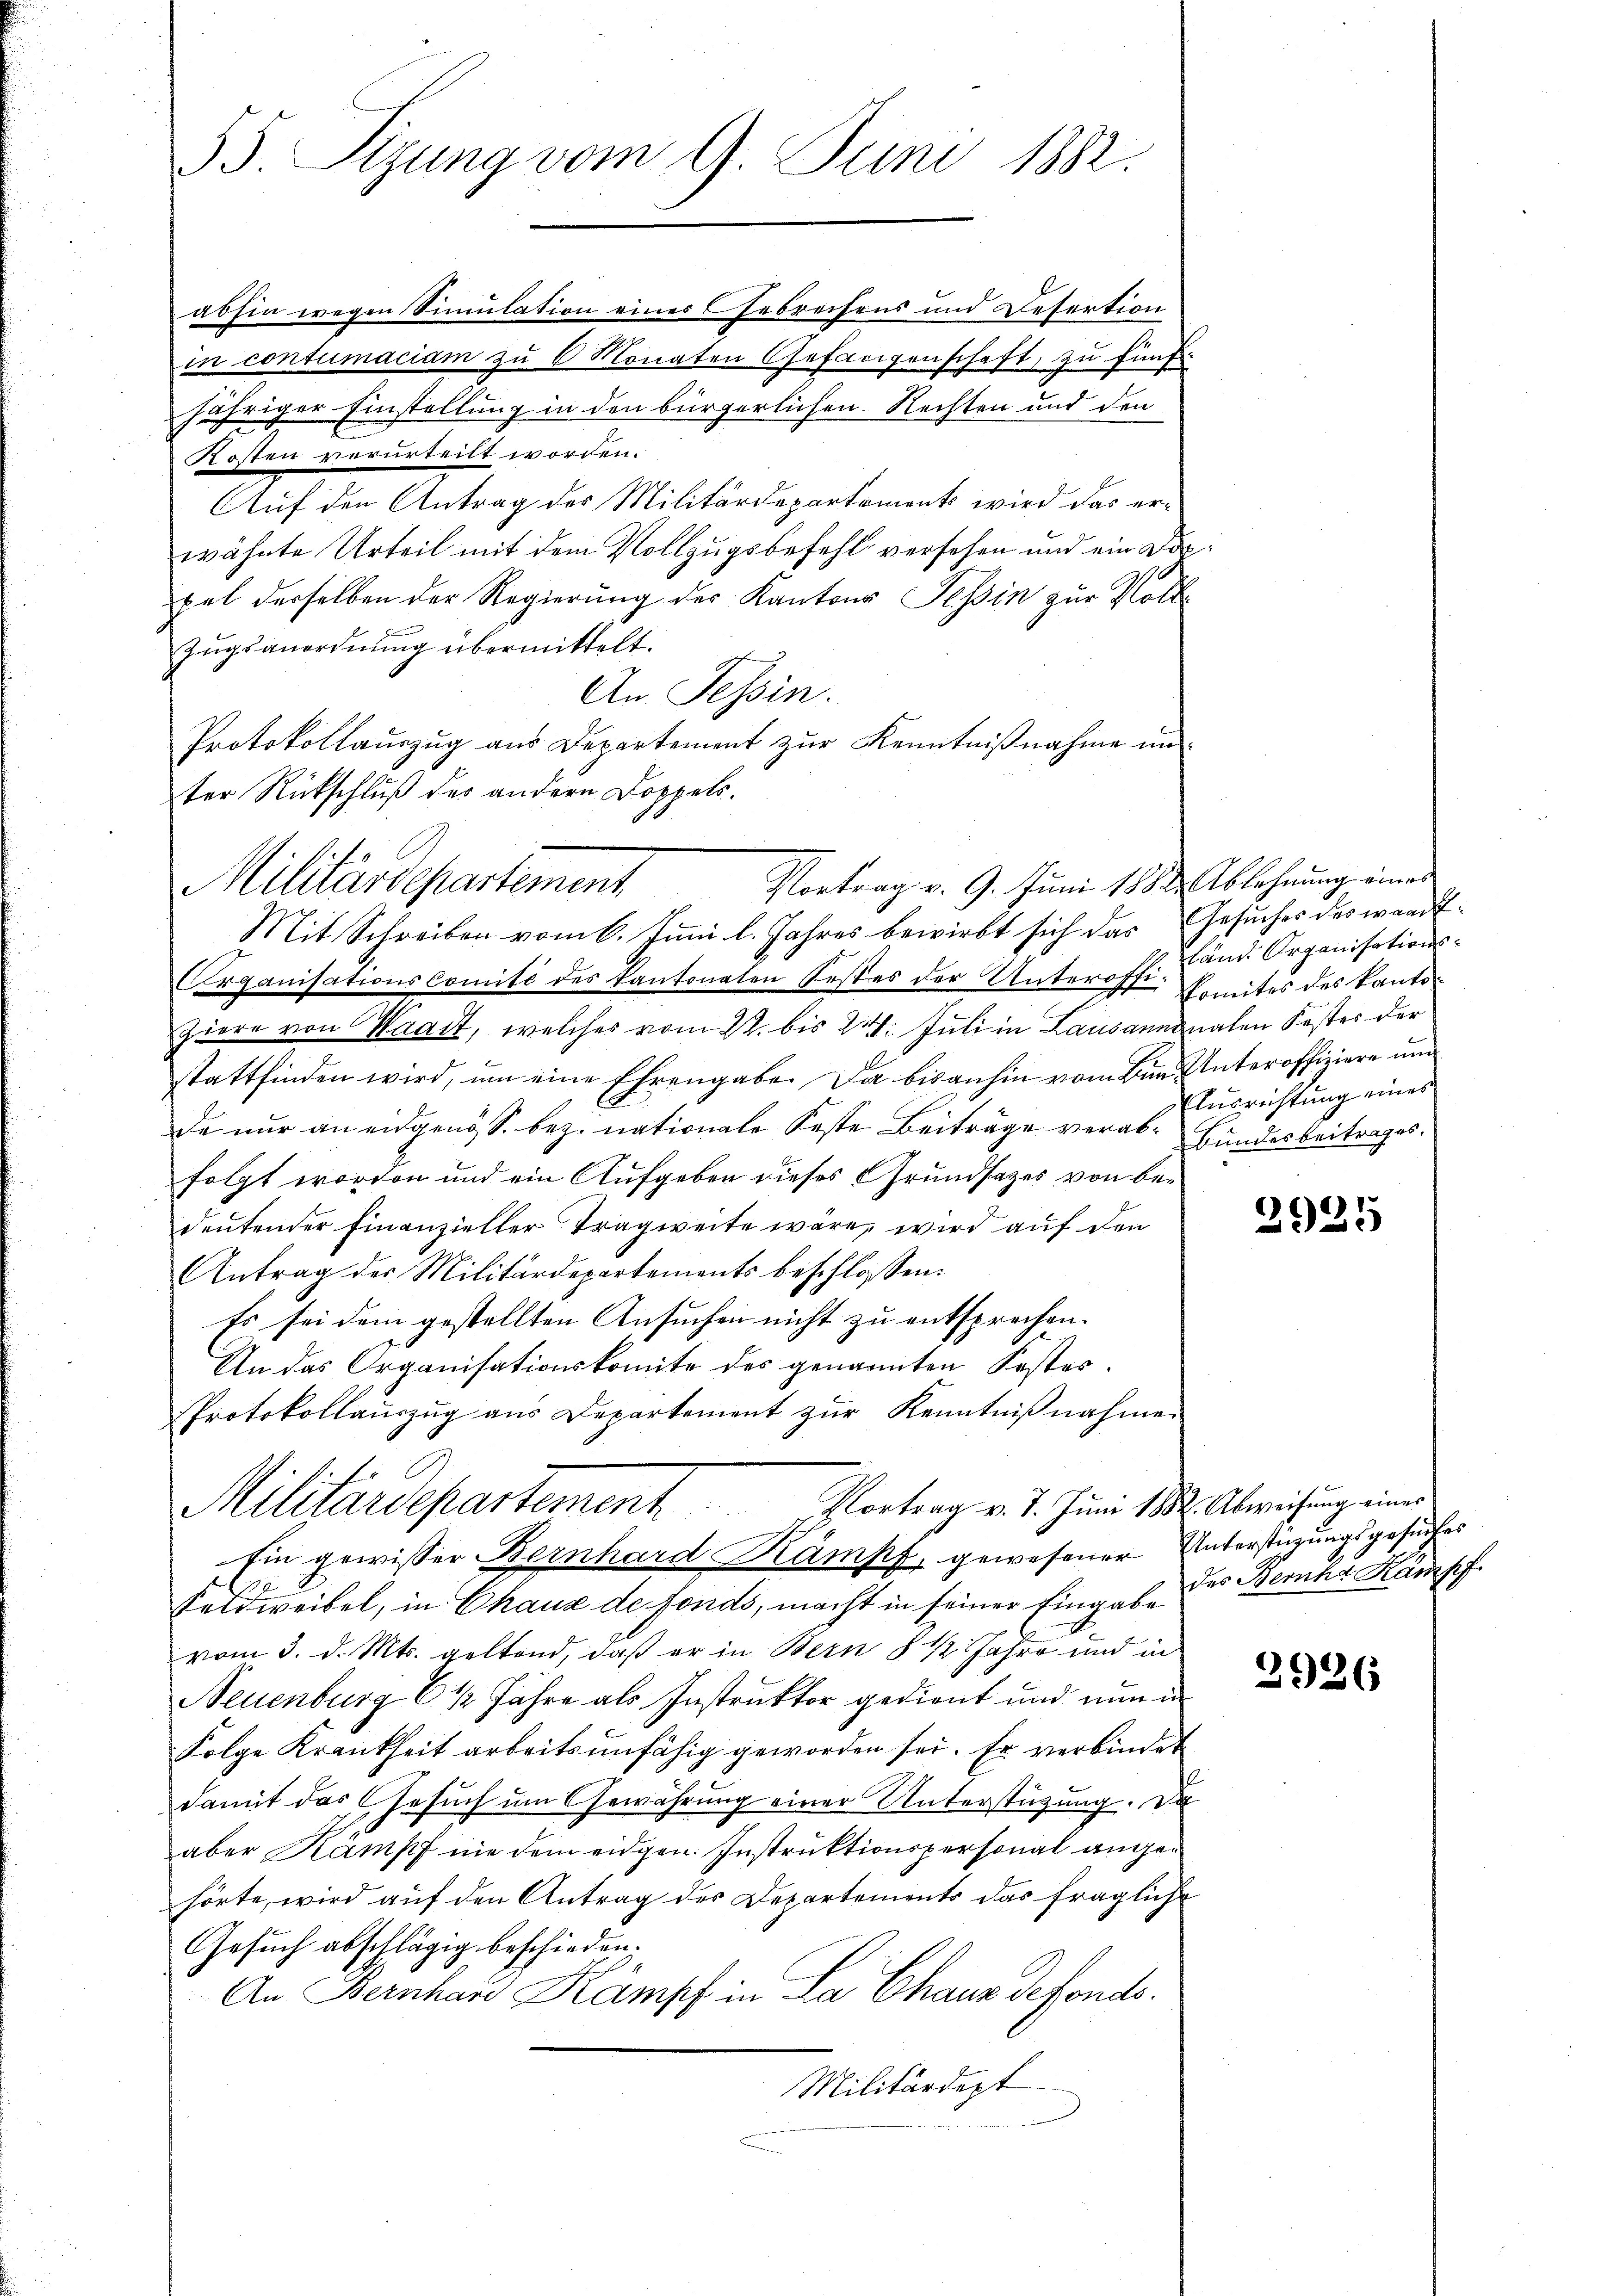
55. Sizung vom 9. Juni 1882.

abhin wegen Simulation eines Gebrechens und Refertion
in contumaciam zu 6 Monaten Gefanigenschaft, zu fünf.
jähriger Einstellung in den bürgerlichen Rechten und den
Kosten verurteilt worden.
Auf den Antrag des Militärdepartements wird das erwähnte Urteil mit dem Vollzugsbefehl versehen und ein Darpel derselben der Regierung des Kantons Tessin zur Voll¬
Zŭgsanordnŭng übermittelt.
An. Tessin.
Protokollauszug aus Departement zur Kenntnißnahme un
ter Rückschluß der andern Doppels.
Mit Schreiben vom 6. Juni l. Jahres bewirbt sich das Gesuches des wardt-
Organisationscomité des kantonaten Kostes der Unteroffi- Amtes des Kantoziere von Waadt, welches vom 22. bis 24. Juli in Lausannonalen Koster der
stattfinden wird, um eine Ehrengabe. Da bisanhin vom Bin Unteroffiziere und
x
de nur an eidgens s. bez. nationale Feste Beiträge verab- Bundesbeitrages.
folgt worden und ein Aufgeben dieses Grundsatzes von bedeutender Finanzieller Tragweite wäre, wird auf den
Antrag der Militärdepartements beschlossen:
Es sei dem gestellten Ansuchen nicht zu entsprechen.
An das Organisationskomite des genannten Kostes¬
Protokollauszug aus Departement zur Kenntnißnahmen
Vortrag v. 7. Juni 1882 Abweisung eines
Militärdepartement
Ein gewisser Bernhard Kampf, gewesener Unterstüzungsgesuches
b
Feldweibel, in Chaux de fonds, macht in seiner Eingabe des Bernha Kämsch
vom 3. d. Mts. geltend, daß er in Bern § 12 Jahre und in
Neuenburg 6 1/2 Jahre als Instruktor gedient und nun in
Folge Krankheit arbeitsunfähig geworden sei. Er verbindet
damit das Gesuch um Gewährung einer Unterstützung. Da
aber Kampf nie dem eidgen. Instruktionspersonal angehörte, wird auf den Antrag des Departements das fragliche
Gesuch abschlägig beschieden,
An Bernhard Kampf in La Chaus defonds.
Militärdept

Vortrag v. 9. Juni 1882 Ablehnung eines
Militärdepartement

land Organisations¬
Ausrichtung eines

2925

2926